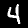
Label: 4